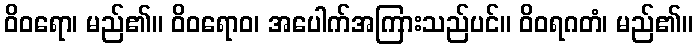
ဝိဝရော၊ မည်၏။ ဝိဝရောဝ၊ အပေါက်အကြားသည်ပင်။ ဝိဝရဂတံ၊ မည်၏။